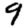
Digit: 9